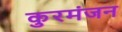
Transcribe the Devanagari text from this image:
कुरमंजन